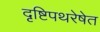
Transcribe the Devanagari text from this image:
दृष्टिपथरेषेत